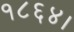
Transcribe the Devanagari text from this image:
१८६४।